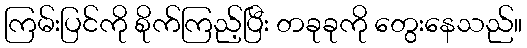
ကြမ်းပြင်ကို စိုက်ကြည့်ပြီး တခုခုကို တွေးနေသည်။